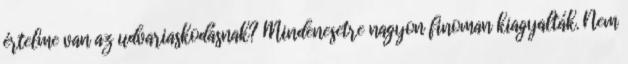
értelme van az udvariaskodásnak? Mindenesetre nagyon finoman kiagyalták. Nem